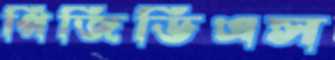
পিজিডিএস